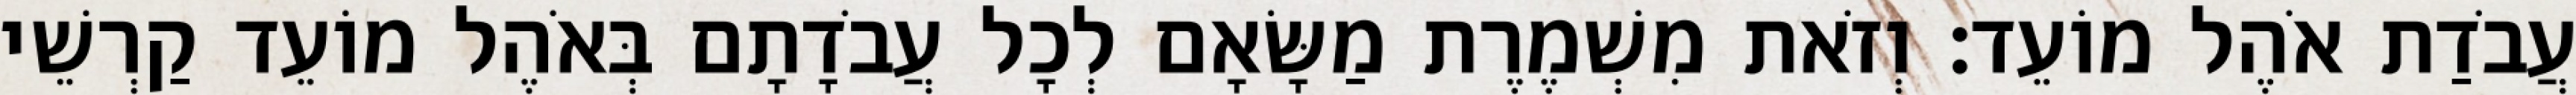
עֲבֹדַת אֹהֶל מוֹעֵד׃ וְזֹאת מִשְׁמֶרֶת מַשָּׂאָם לְכָל עֲבֹדָתָם בְּאֹהֶל מוֹעֵד קַרְשֵׁי